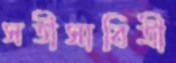
সতীসাবিত্রী